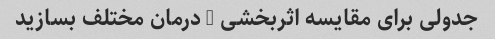
جدولی برای مقایسه اثربخشی 5 درمان مختلف بسازید